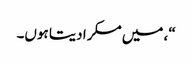
“، میں مسکرا دیتا ہوں۔